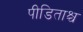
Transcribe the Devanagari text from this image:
पीडिताश्च